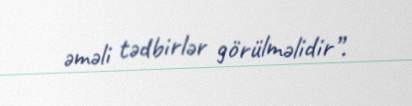
əməli tədbirlər görülməlidir”.